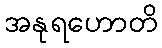
အနုရဟောတိ